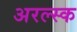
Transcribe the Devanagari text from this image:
अरल्स्क